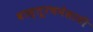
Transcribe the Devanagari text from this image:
वास्तूरचनेसाठी